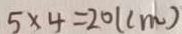
5 \times 4 = 2 0 ( c m )